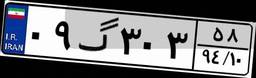
۰۹گ۳۰۳۵۸